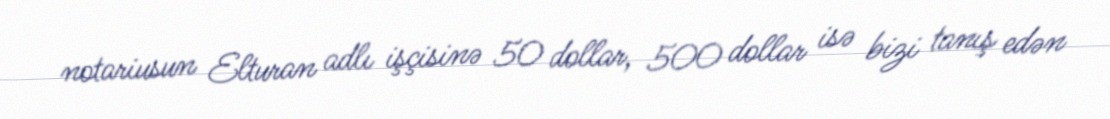
notariusun Elturan adlı işçisinə 50 dollar, 500 dollar isə bizi tanış edən